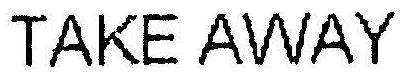
TAKE AWAY